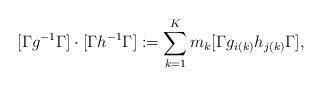
LaTeX: \begin{align*} [\Gamma g^{-1}\Gamma]\cdot [\Gamma h^{-1}\Gamma]:=\sum_{k=1}^{K}m_{k}[\Gamma g_{i(k)}h_{j(k)}\Gamma],\end{align*}